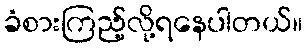
ခံစားကြည့်လို့ရနေပါတယ်။